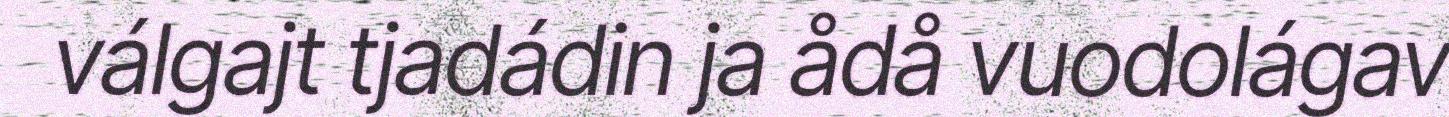
válgajt tjadádin ja ådå vuodolágav